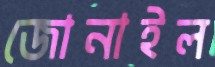
জোনাইল